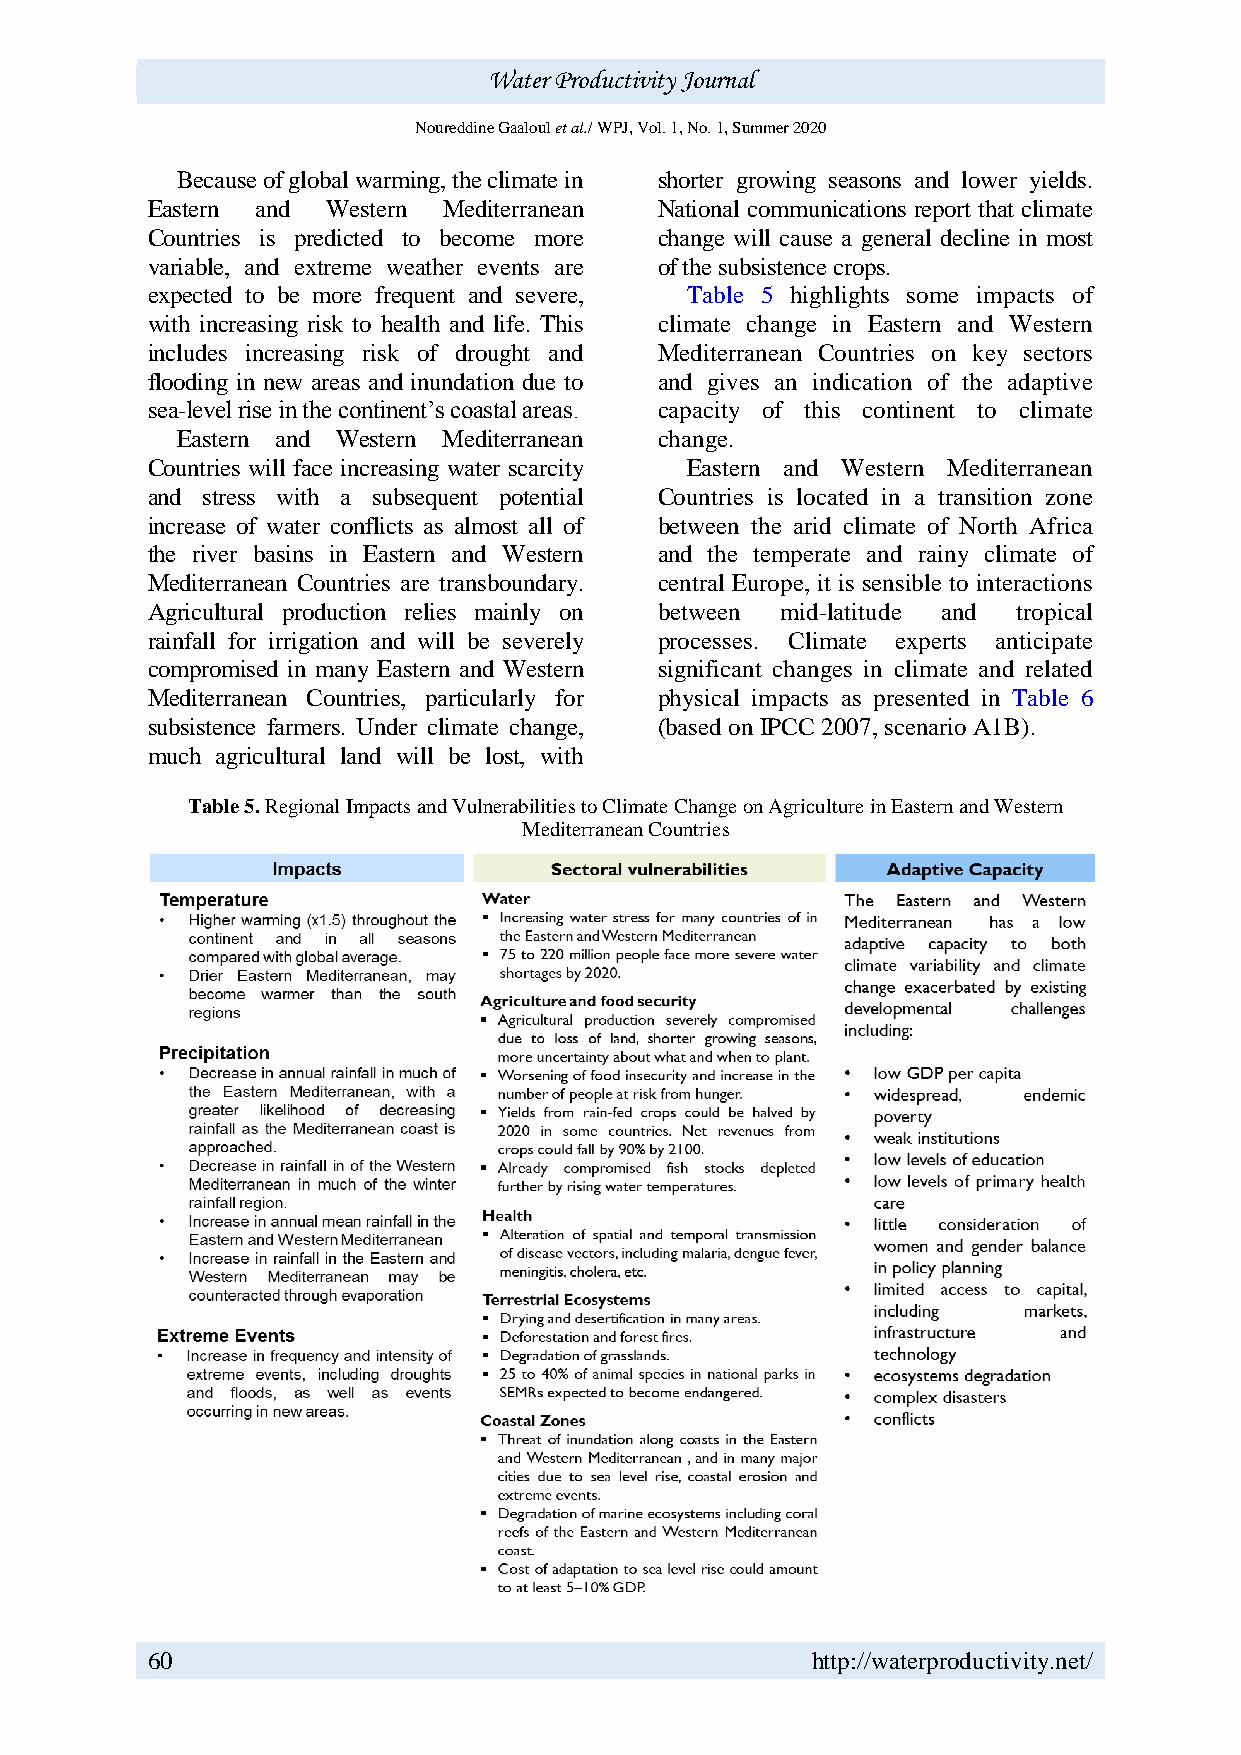
Water Productivity Journal
 Noureddine Gaaloul et al./ WPJ, Vol. 1, No. 1, Summer 2020
 Because of global warming, the climate in shorter growing seasons and lower yields.
 Eastern and Western Mediterranean National communications report that climate
 Countries is predicted to become more change will cause a general decline in most
 variable, and extreme weather events are of the subsistence crops.
 expected to be more frequent and severe, Table 5 highlights some impacts of
 with increasing risk to health and life. This climate change in Eastern and Western
 includes increasing risk of drought and Mediterranean Countries on key sectors
 flooding in new areas and inundation due to and gives an indication of the adaptive
 sea-level rise in the continent’s coastal areas. capacity of this continent to climate
 Eastern and Western Mediterranean change.
 Countries will face increasing water scarcity Eastern and Western Mediterranean
 and stress with a subsequent potential Countries is located in a transition zone
 increase of water conflicts as almost all of between the arid climate of North Africa
 the river basins in Eastern and Western and the temperate and rainy climate of
 Mediterranean Countries are transboundary. central Europe, it is sensible to interactions
 Agricultural production relies mainly on between mid-latitude and tropical
 rainfall for irrigation and will be severely processes. Climate experts anticipate
 compromised in many Eastern and Western significant changes in climate and related
 Mediterranean Countries, particularly for physical impacts as presented in Table 6
 subsistence farmers. Under climate change, (based on IPCC 2007, scenario A1B).
 much agricultural land will be lost, with
 Table 5. Regional Impacts and Vulnerabilities to Climate Change on Agriculture in Eastern and Western
 Mediterranean Countries
 60                                          http://waterproductivity.net/